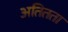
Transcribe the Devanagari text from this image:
अतितता